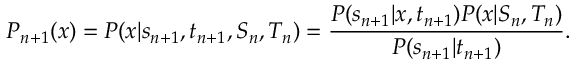
P _ { n + 1 } ( x ) = P ( x | s _ { n + 1 } , t _ { n + 1 } , S _ { n } , T _ { n } ) = \frac { P ( s _ { n + 1 } | x , t _ { n + 1 } ) P ( x | S _ { n } , T _ { n } ) } { P ( s _ { n + 1 } | t _ { n + 1 } ) } .